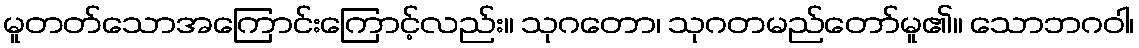
မူတတ်သောအကြောင်းကြောင့်လည်း။ သုဂတော၊ သုဂတမည်တော်မူ၏။ သောဘဂဝါ၊